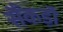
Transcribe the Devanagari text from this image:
सैंकड़ॊ